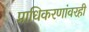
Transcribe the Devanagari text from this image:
प्राधिकरणांवरही